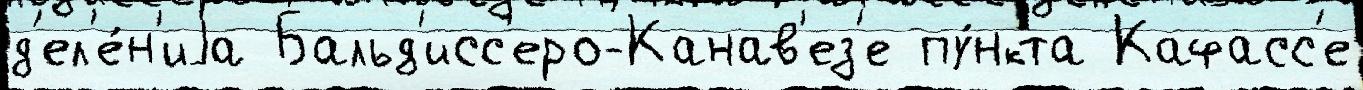
д'ел'е́н'иjа Бальд'исс'еро-Канав'ез'е пу́нкта Кафасс'е